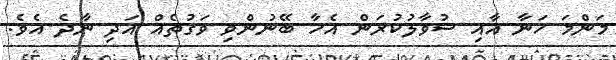
މަންމަ ހަނާ އާއި ސުވާލުކުރަން އެހާ ބޭނުންވި ވަގުތެއް އަދި ނާދެ އެވެ.